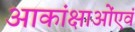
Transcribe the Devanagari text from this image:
आकांक्षाओंएवं